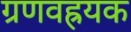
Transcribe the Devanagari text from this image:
ग्रणवह्रयक